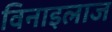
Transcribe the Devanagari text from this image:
विनाइलाज